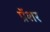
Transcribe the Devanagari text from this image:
प्रॅशर